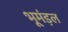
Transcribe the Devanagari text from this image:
भूमंड़ल